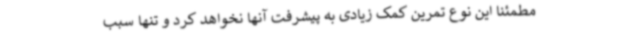
مطمئنا این نوع تمرین کمک زیادی به پیشرفت آنها نخواهد کرد و تنها سبب